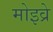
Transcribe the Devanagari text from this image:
मोइव्रे